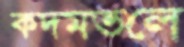
কদমতলে